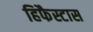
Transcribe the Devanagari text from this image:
हिफैस्टास